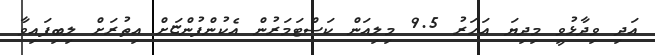
އަދި ވިދާޅުވީ މިދިޔަ އަހަރު 9.5 މިލިއަން ކަސްޓަމަރުން އެކުންފުންޏަށް އިތުރަށް ލިބިފައިވާ